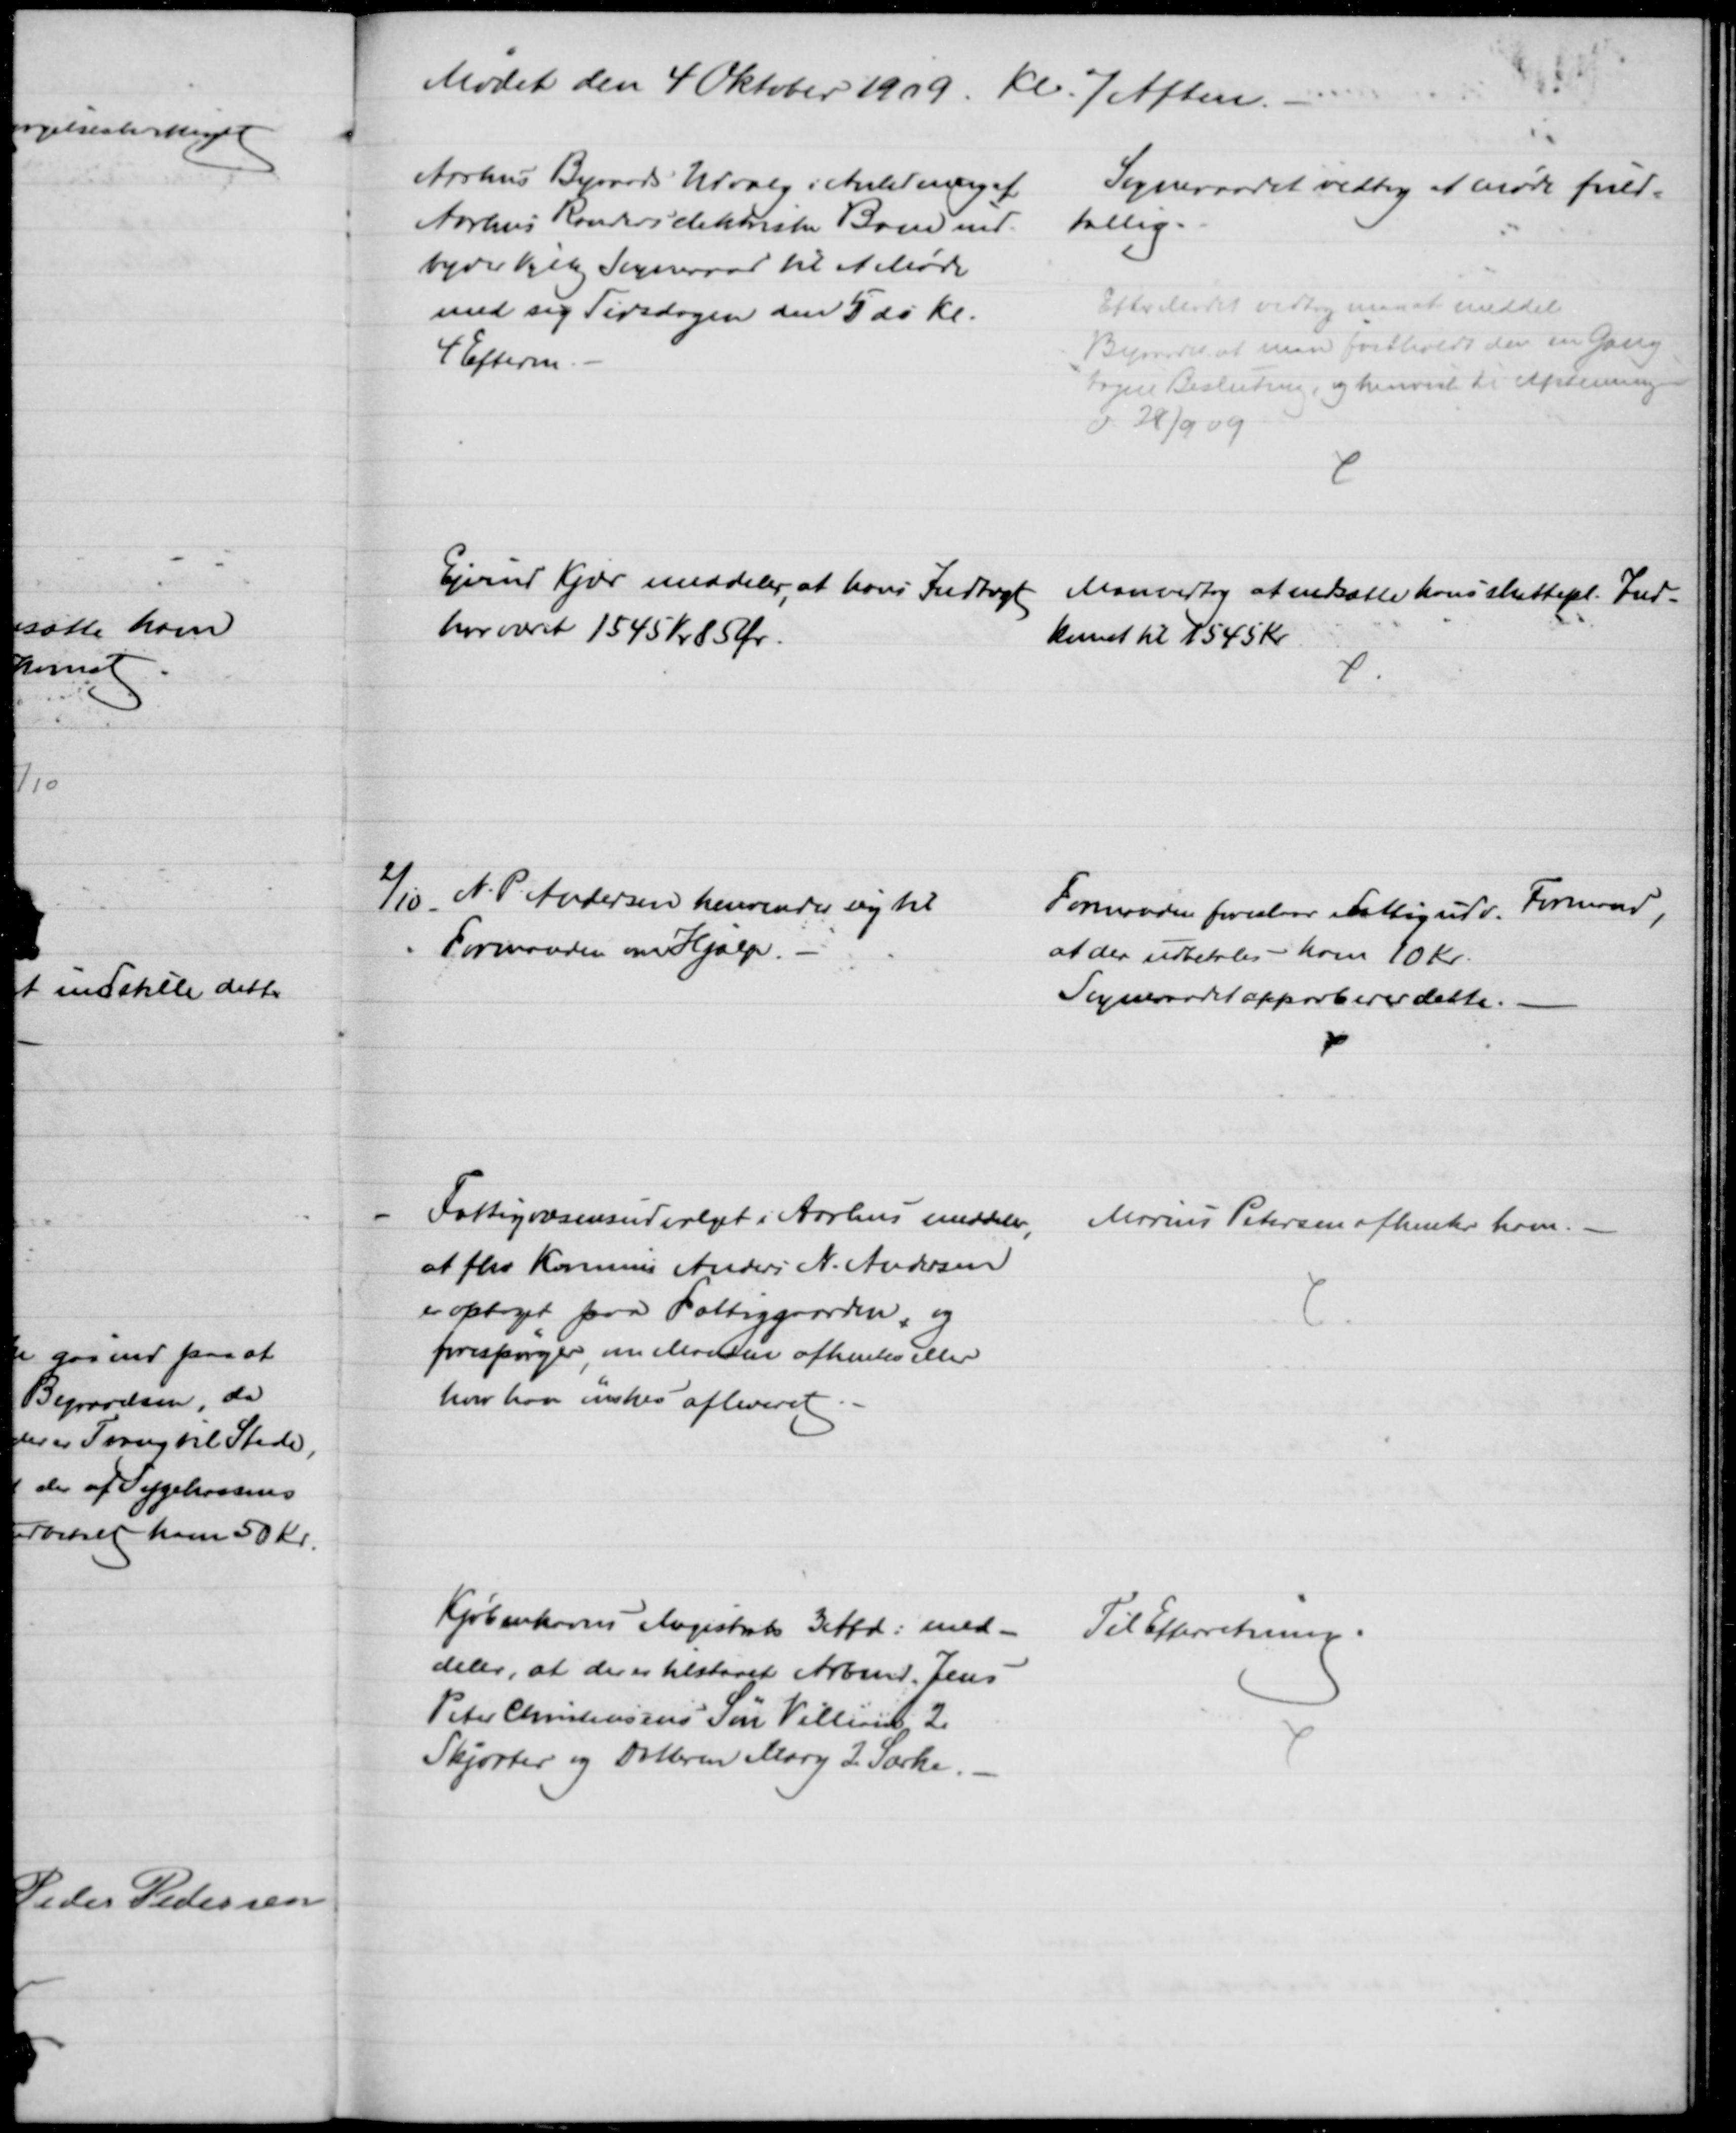
Transskription:
Mødet den 4 Oktober 1909. Kl. 7 Aften.
Aarhus Byraads Udvalg i Anledning af
Aarhus Randers elektriske Bane ind-
byder Vejlby Sogneraad til et Møde
med sig Tirsdagen den 5 ds Kl.
4 Efterm.
Sogneraadet vedtog at møde fuld-
tallig.
Efter Mødet vedtog man at meddele
Byraadet at man fastholdt den en Gang
tagen Beslutning, og henviste til Afstemningen
d. 28/9 09
Ejvind Kjær meddeler, at hans Indtægt
har været 1545 Kr 85 Ør.
Man vedtog at nedsætte hans skattepl. Ind-
komst til 1545 Kr
2/10. N. P. Andersen henvender sig til 
Formanden om Hjælp.
Formanden foreslaar Fattigudv. Formand,
at der udbetales ham 10 Kr.
Sogneraadet approberer dette.
Fattigvæsensudvalget i Aarhus meddeler,
at fhv Kommis Anders N. Andersen
er optaget paa Fattiggaarden, og
forespørger, om Manden afhentes eller
hvor han ønskes afleveret.
Marius Petersen afhenter ham. 
Kjøbenhavns Magistrats 3 Afd: med-
deler, at der er tilstaaet Arbmd. Jens 
Peter Christensens Søn Villiam 2
Skjorter og Datteren Mary 2 Særke. 
Til Efterretning.